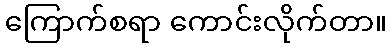
ကြောက်စရာ ကောင်းလိုက်တာ။